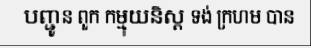
បញ្ជូន ពួក កម្មុយនិស្ត ទង់ ក្រហម បាន